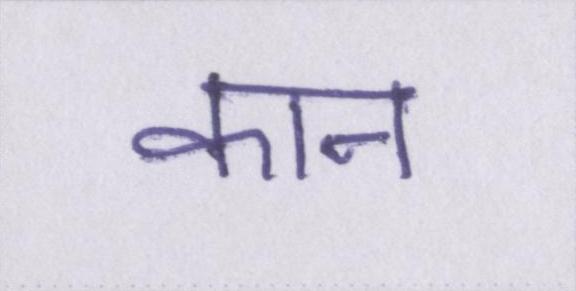
कान